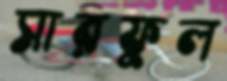
সারফুল